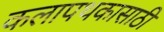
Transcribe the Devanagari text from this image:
कलापथकासाठी